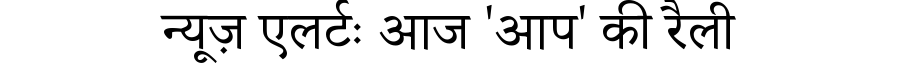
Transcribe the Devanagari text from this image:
न्यूज़ एलर्टः आज 'आप' की रैली